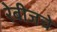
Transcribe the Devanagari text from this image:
रेबीजचे